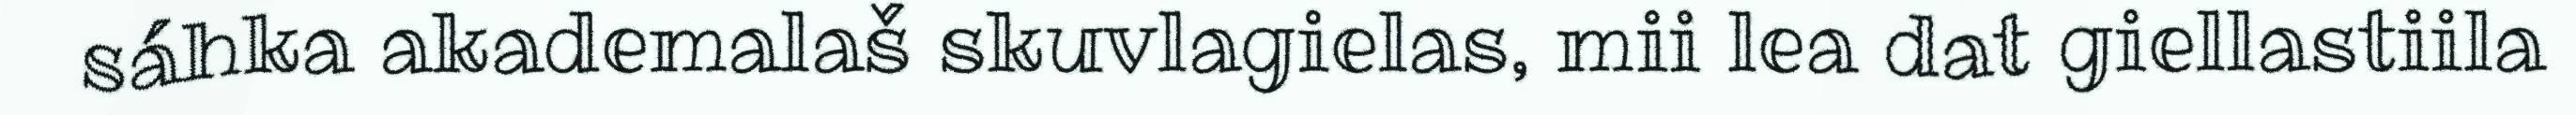
sáhka akademalaš skuvlagielas, mii lea dat giellastiila